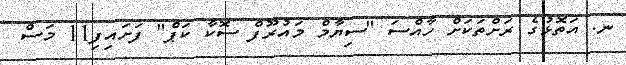
ނ. އަތޮޅުގެ ރަށްތަކަށް ހާއްސަ "ސިޔާމް މައުރޫފް ސޮކާ ކަޕް" ފަށައިފި11 މަސް